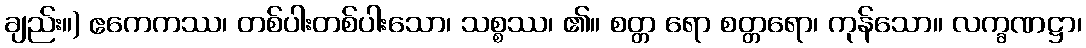
ချည်း။) ဧကေကဿ၊ တစ်ပါးတစ်ပါးသော၊ သစ္စဿ၊ ၏။ စတ္တ ရော စတ္တရော၊ ကုန်သော။ လက္ခဏဋ္ဌာ၊